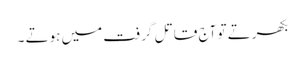
بکھرتے تو آج قاتل گرفت میں ہوتے ۔